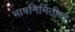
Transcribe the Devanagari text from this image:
भाषनिर्मितीचा